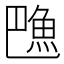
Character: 𱆦